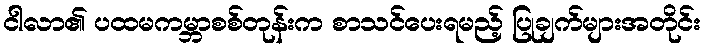
ငါလာ၏ ပထမကမ္ဘာစစ်တုန်းက စာသင်ပေးရမည့် ပြုချက်များအတိုင်း